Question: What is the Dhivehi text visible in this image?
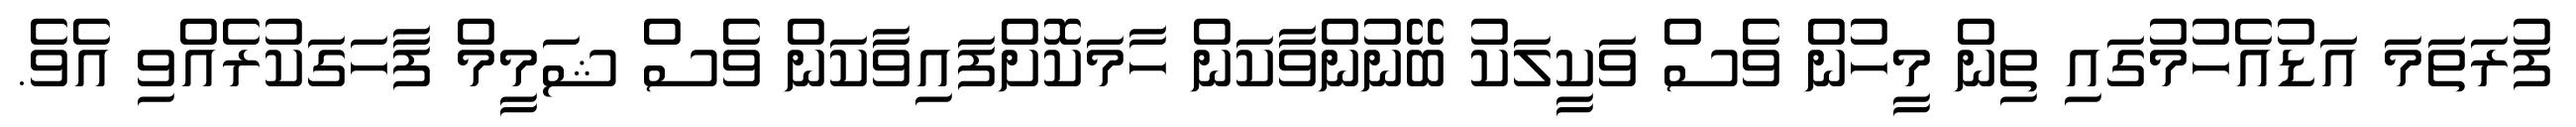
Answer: ފުރަތަމަ އަޑުއެހުމުގައި ތިން މީހުން ވެސް ވަކީލަކު ބޭނުންވާކަން ހާމަކޮށްފައިވާކަން ވެސް ޝަމީމް ފާހަގަކުރެއްވި އެވެ.